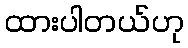
ထားပါတယ်ဟု